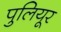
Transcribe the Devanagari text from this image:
पुलियूर